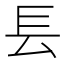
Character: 镸